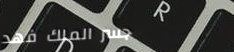
جسر الملك فهد